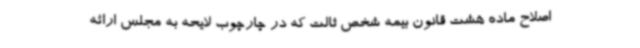
اصلاح ماده هشت قانون بیمه شخص ثالت که در چارچوب لایحه به مجلس ارائه